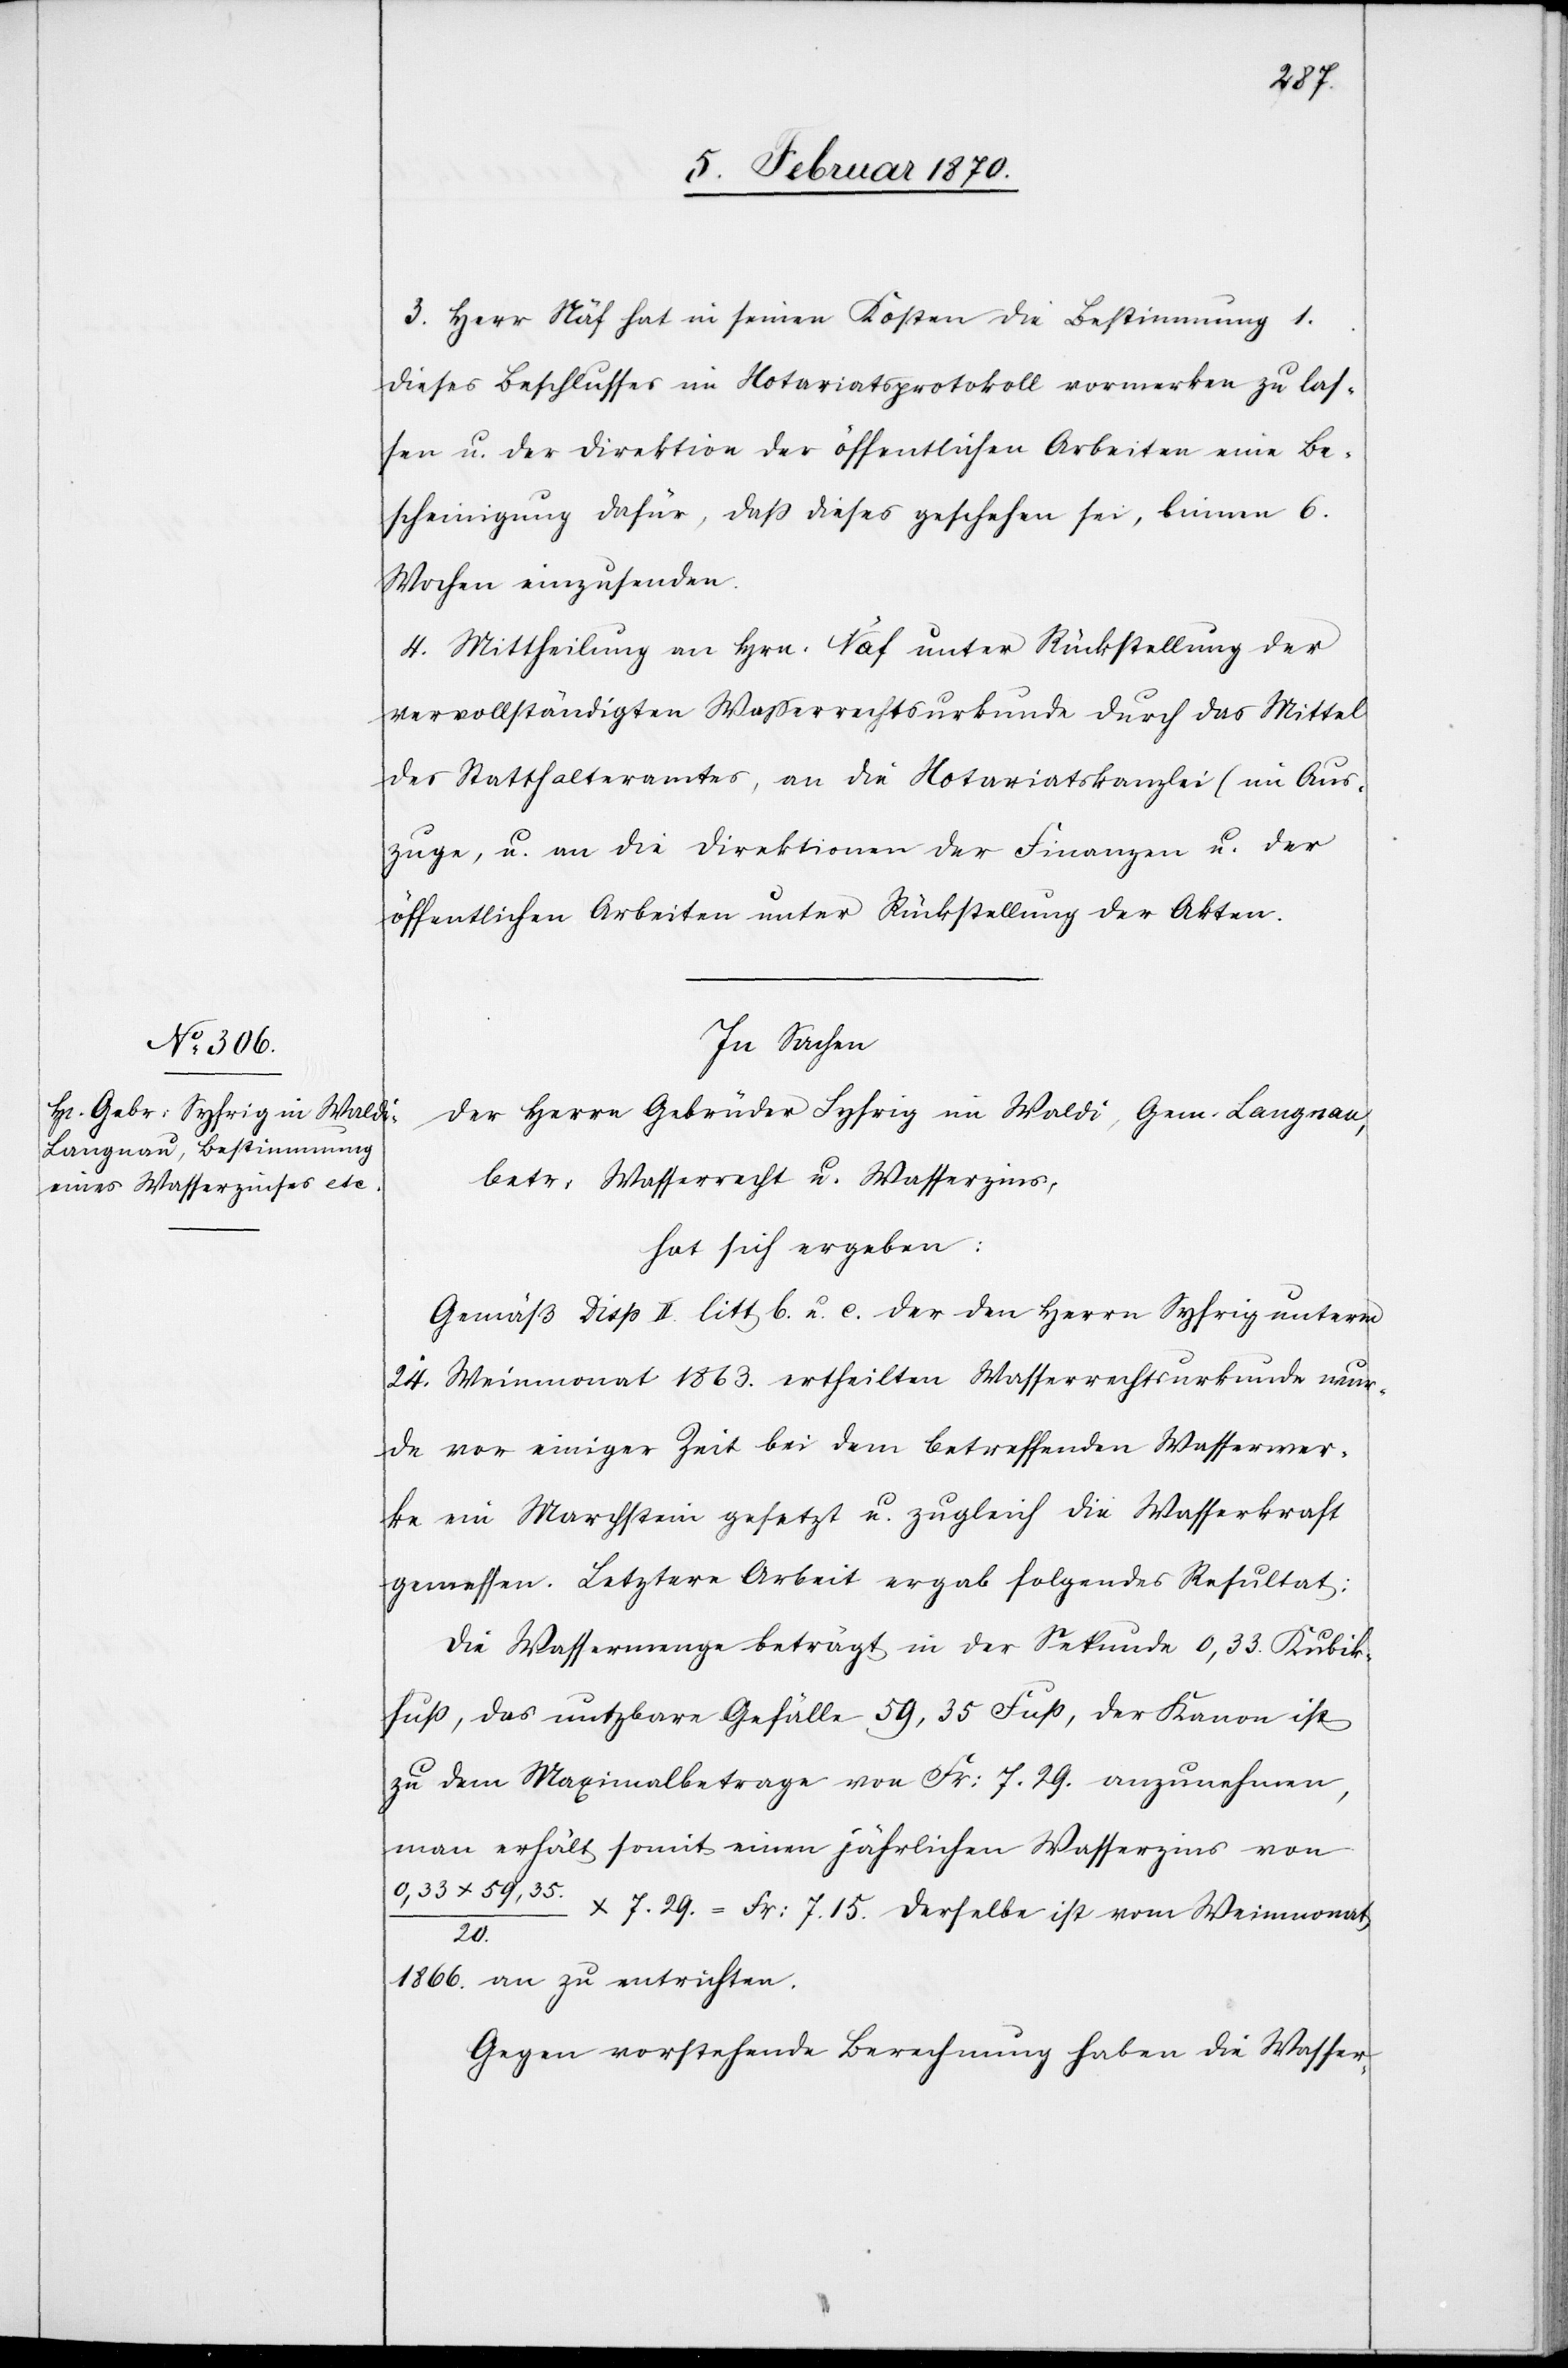
3. Herr Näf hat in seinen Kosten die Bestimmung 1.
dieses Beschlusses im Notariatsprotokoll vormerken zu las¬
sen u. der Direktion der öffentlichen Arbeiten eine Be¬
scheinigung dafür, dass dieses geschehen sei, binnen 6.
Wochen einzusenden.
4. Mittheilung an Hrn. Näf unter Rückstellung der
vervollständigten Wasserrechtsurkunde durch das Mittel
des Statthalteramtes, an die Notariatskanzlei (im Aus¬
zuge), u. an die Direktionen der Finanzen u. der
öffentlichen Arbeiten unter Rückstellung der Akten.
In Sachen
der Herrn Gebrüder Syfrig im Waldi, Gem. Langnau,
betr: Wasserrecht u. Wasserzins,
hat sich ergeben:
Gemäß Disp. II. litt b. u. c. der den Herrn Syfrig unterm
24. Weinmonat 1863. ertheilten Wasserrechtsurkunde wur¬
de vor einiger Zeit bei dem betreffenden Wasserwer¬
ke ein Marchstein gesetzt u. zugleich die Wasserkraft
gemessen. Letztere Arbeit ergab folgendes Resultat:
Die Wassermenge beträgt in der Sekunde 0,33. Kubik¬
fuss, das nutzbare Gefälle 59,35 Fuss, der Kanon ist
zu dem Maximalbetrage von Fr: 7.29. anzunehmen,
man erhält somit einen jährlichen Wasserzins von
0,33 x 59,35. / 20. x 7.29. = Fr: 7.15. derselbe ist vom Weinmonat
1866 an zu entrichten.
Gegen vorstehende Berechnung haben die Wasser-